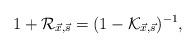
LaTeX: \begin{align*}1+\mathcal{R}_{\vec{x},\vec{s}} = (1-\mathcal{K}_{\vec{x},\vec{s}})^{-1},\end{align*}